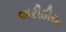
અરીઠીયા